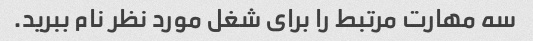
سه مهارت مرتبط را برای شغل مورد نظر نام ببرید.